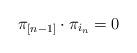
LaTeX: \begin{align*}\pi_{[n-1]} \cdot \pi_{i_n} = 0\end{align*}